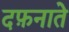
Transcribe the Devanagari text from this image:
दफ़नाते